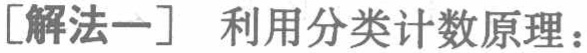
[解法一] 利用分类计数原理：